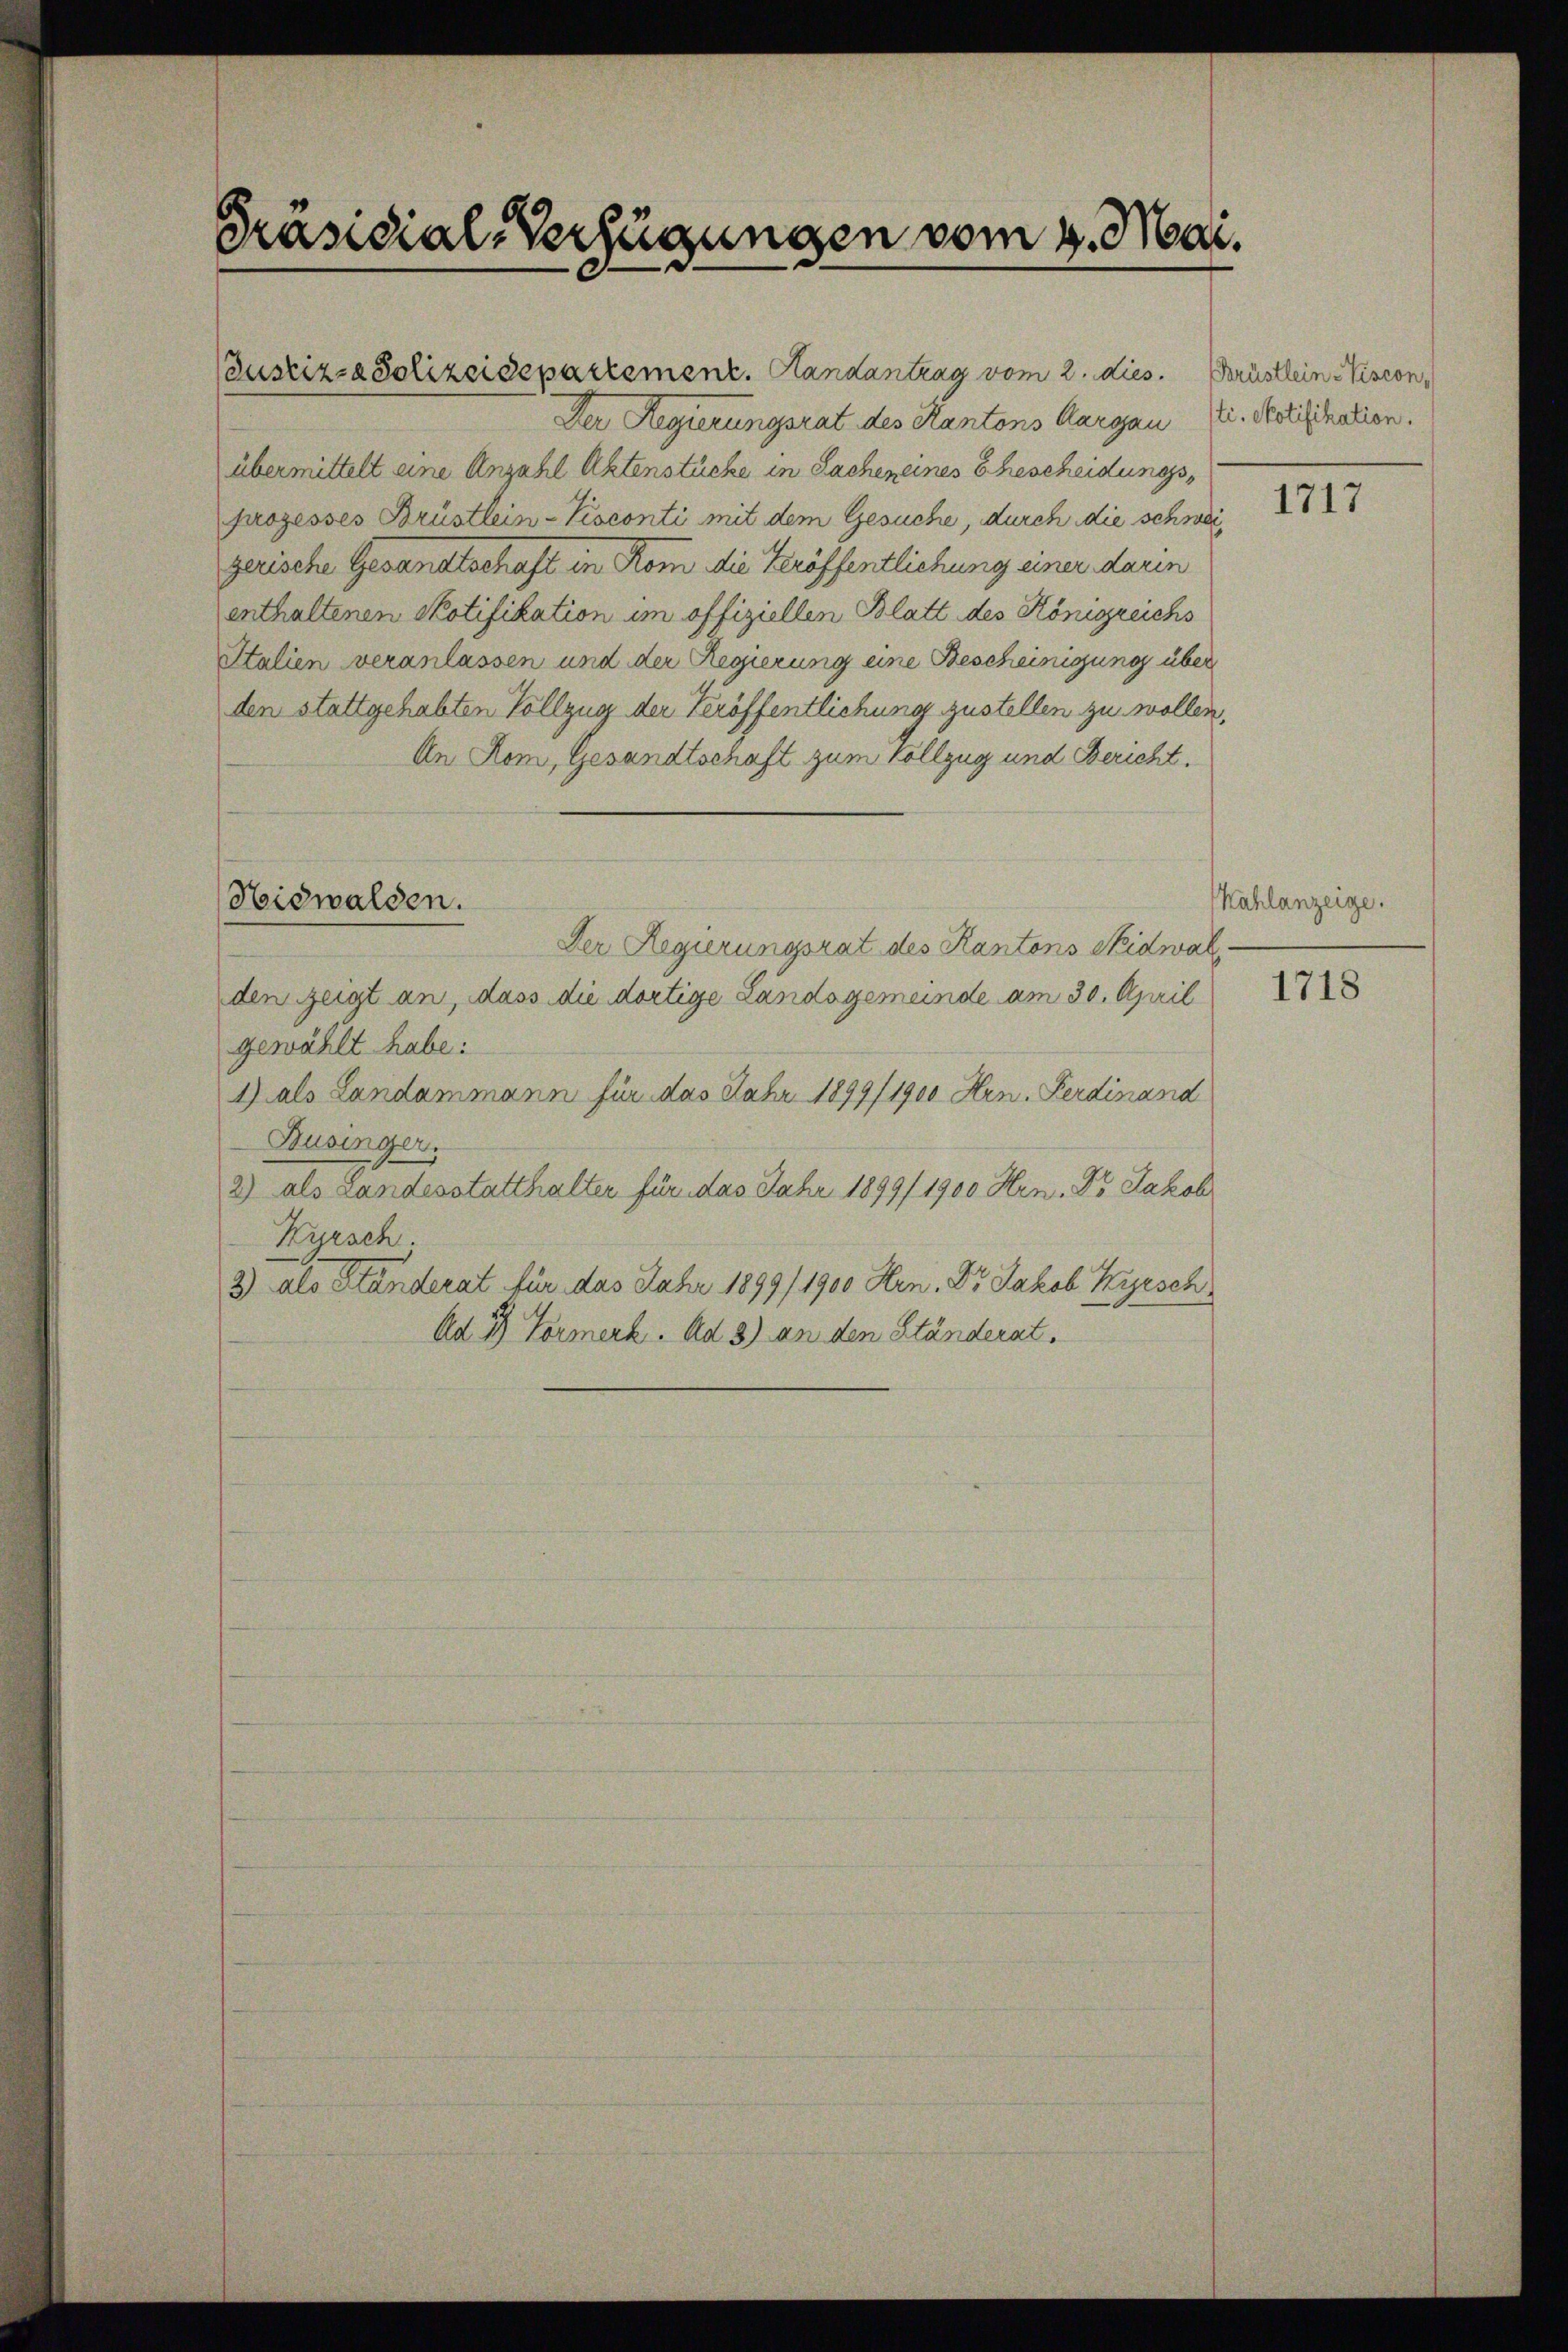
Präsidial-Verfügungen vom 4. Mai.

Justiz- & Polizeidepartement. Handantrag vom 2. dies. Brüstlein-Vision,
Der Regierungsrat des Kantons Aargau Zi. Notifikation.
übermittelt eine Anzahl Aktenstücke in Sachen eines Ehescheidungsprozesses Brüstlein-Visconti mit dem Gesuche, durch die schweigerische Gesandtschaft in Rom die Veröffentlichung einer darin
enthaltenen Notifikation im offiziellen Blatt des Königreichs
Italien veranlassen und der Regierung eine Bescheinigung über
den stattgehabten Vollzug der Veröffentlichung zustellen zu wollen,
An Rom, Gesandtschaft zum Vollzug und Bericht.
Nidwalden.
Der Regierungsrat des Kantons Sidwal
den zeigt an, dass die dortige Landsgemeinde am 30. April
gewählt habe:
1) als Landammann für das Jahr 1899/1900 Hrn. Ferdinand
Businger.
2) als Landesstatthalter für das Jahr 1899/1900 Hrn. Dr Jakob
Kyrsch.
3) als Ständerat für das Jahr 1899/1900 Arn. Dr Jakob Kyrsch
Ad 3) Formerk. Ad 3) an den Ständerat.

1717

Kahlanzeige.

1718